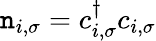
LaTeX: \mathtt{n}_{i,\sigma}=c_{i,\sigma}^{\dagger}c_{i,\sigma}